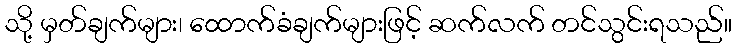
သို့ မှတ်ချက်များ၊ ထောက်ခံချက်များဖြင့် ဆက်လက် တင်သွင်းရသည်။